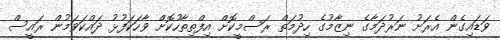
ވަޑައިގެން އެރަށު ނަރުދަމާގެ ނިޒާމުގެ ހިދުމަތް ރަސްމީކޮށް އިފްތިތާހުކޮށް ވާހަކަފުޅު ދައްކަވަމުން ރައީސް